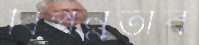
বিপন্নতার